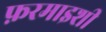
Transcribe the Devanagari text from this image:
फ़रमाइशी